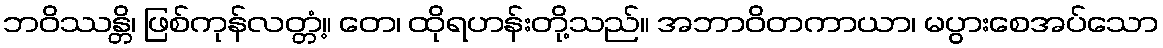
ဘဝိဿန္တိ၊ ဖြစ်ကုန်လတ္တံ့။ တေ၊ ထိုရဟန်းတို့သည်။ အဘာဝိတကာယာ၊ မပွားစေအပ်သော